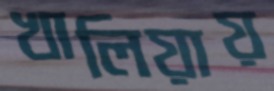
খালিয়ায়